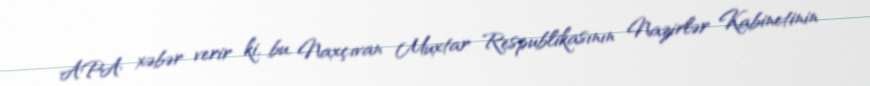
APA xəbər verir ki, bu, Naxçıvan Muxtar Respublikasının Nazirlər Kabinetinin